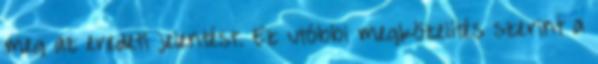
meg az eredeti jelentést. Ez utóbbi megközelítés szerint a